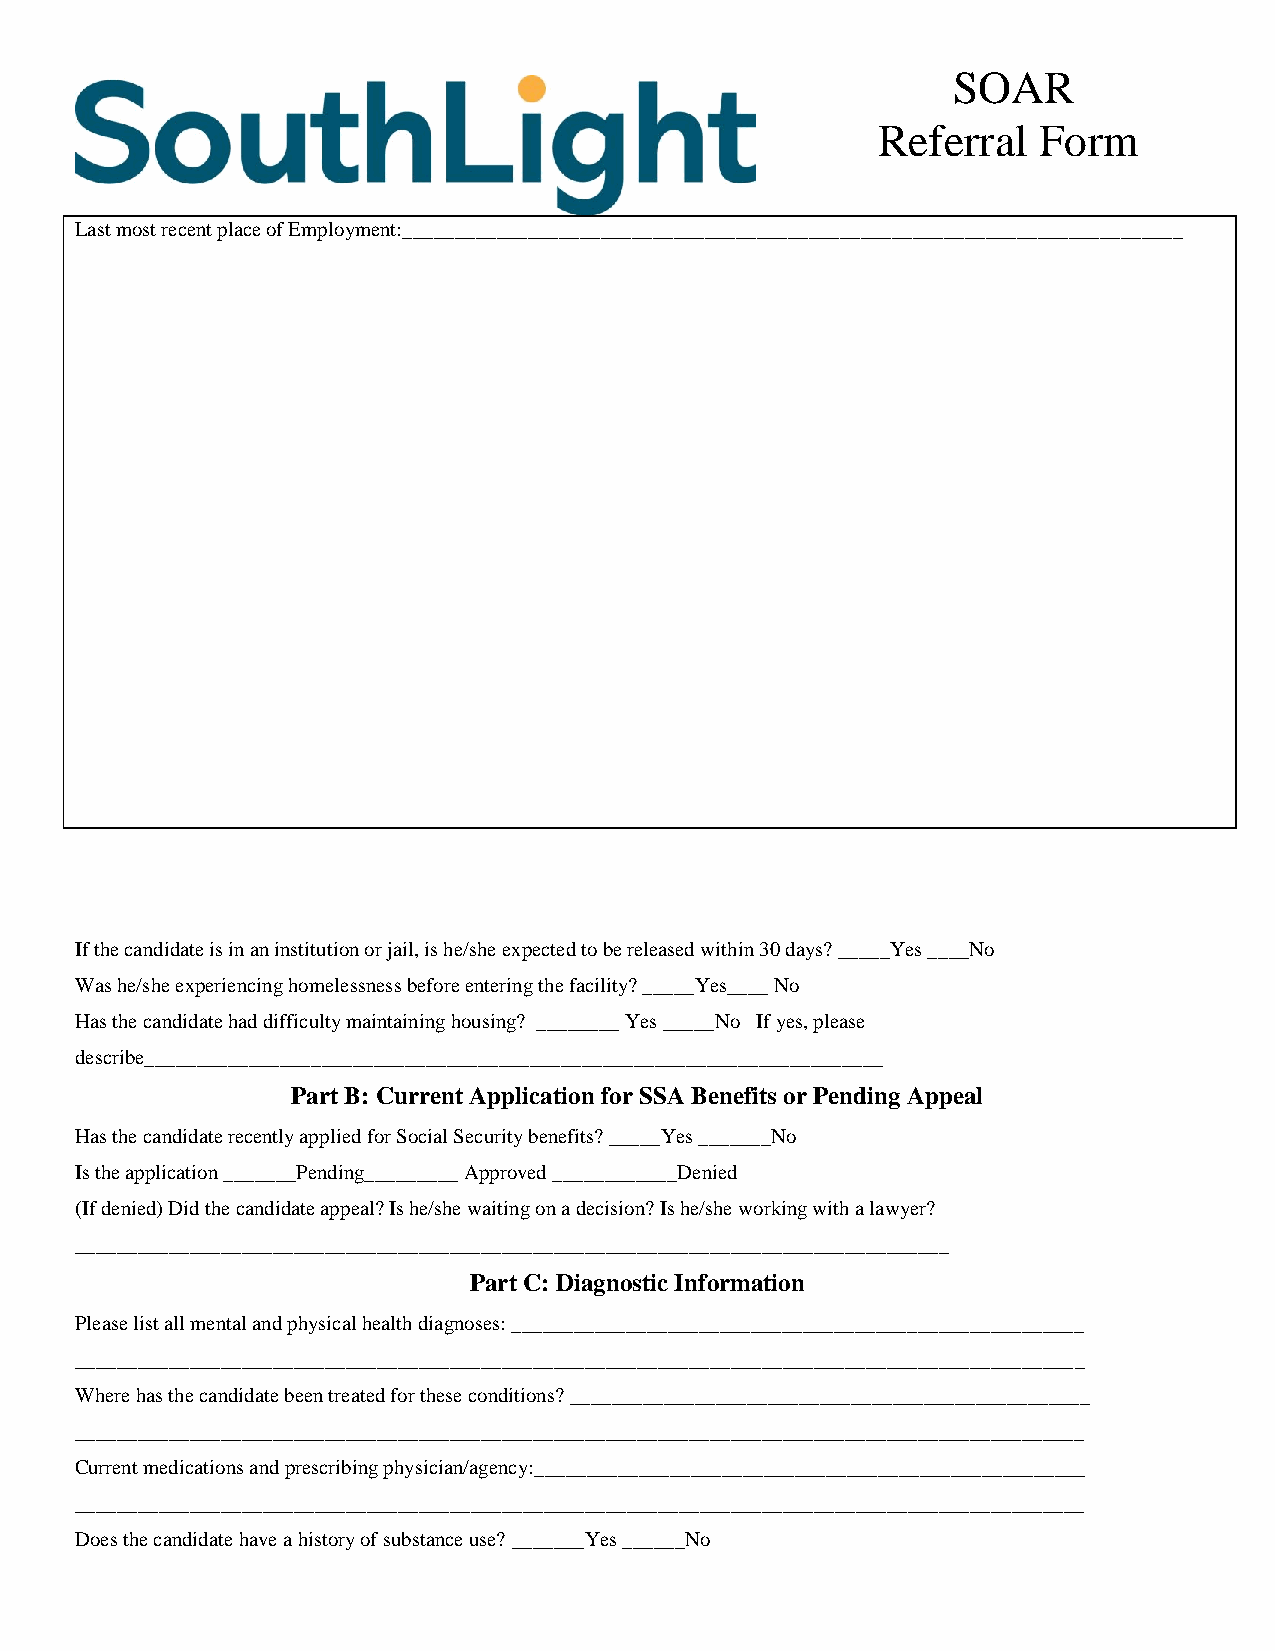
SOAR
 Referral   Form
 Last most recent place of Employment:___________________________________________________________________________
 If the candidate is in an institution or jail, is he/she expected to be released within 30 days? _____Yes ____No
 Was he/she experiencing homelessness before entering the facility? _____Yes____ No
 Has the candidate had difficulty maintaining housing? ________ Yes _____No If yes, please
 describe_______________________________________________________________________
 Part B: Current Application for SSA Benefits or Pending Appeal
 Has the candidate recently applied for Social Security benefits? _____Yes _______No
 Is the application _______Pending_________ Approved ____________Denied
 (If denied) Did the candidate appeal? Is he/she waiting on a decision? Is he/she working with a lawyer?
 ____________________________________________________________________________________
 Part C: Diagnostic Information
 Please list all mental and physical health diagnoses: _______________________________________________________
 _________________________________________________________________________________________________
 Where has the candidate been treated for these conditions? __________________________________________________
 _________________________________________________________________________________________________
 Current medications and prescribing physician/agency:_____________________________________________________
 _________________________________________________________________________________________________
 Does the candidate have a history of substance use? _______Yes ______No